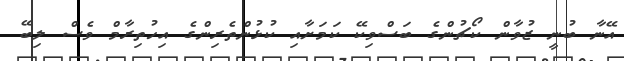
އޭނާ ބުނީ ޒުވާން ކޯޗުންގެ ބަސްވިކޭ ކަމަށާއި ކުޅުންތެރިންގެ އިހުތިރާމް ވެސް ލިބޭ